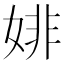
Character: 婔